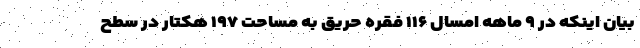
بیان اینکه در ۹ ماهه امسال ۱۱۶ فقره حریق به مساحت ۱۹۷ هکتار در سطح